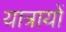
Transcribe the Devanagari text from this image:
यात्रायों